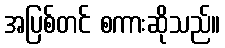
အပြစ်တင် စကားဆိုသည်။